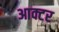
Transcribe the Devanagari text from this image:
आक्टर